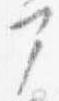
部